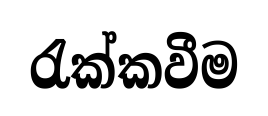
රැක්කවීම